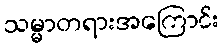
သမ္မာတရားအကြောင်း